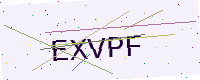
Text: EXVPF